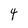
Character: 4